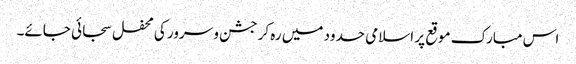
اس مبارک موقع پر اسلامی حدود میں رہ کر جشن و سرور کی محفل سجائی جائے۔